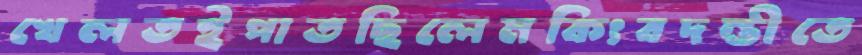
খেলতইপাতছিলেমকিংবদন্তীতে